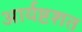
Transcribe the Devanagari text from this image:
आर्यष्टशत